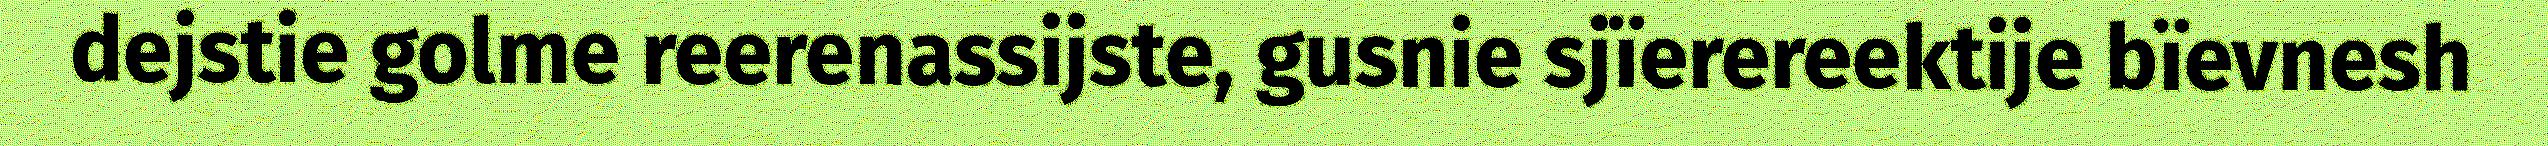
dejstie golme reerenassijste, gusnie sjïerereektije bïevnesh